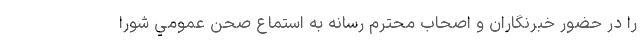
را در حضور خبرنگاران و اصحاب محترم رسانه به استماع صحن عمومي شورا